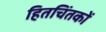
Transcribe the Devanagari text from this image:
हितचिंतकों